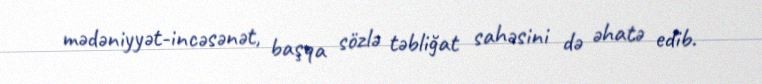
mədəniyyət-incəsənət, başqa sözlə təbliğat sahəsini də əhatə edib.